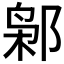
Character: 𰻮